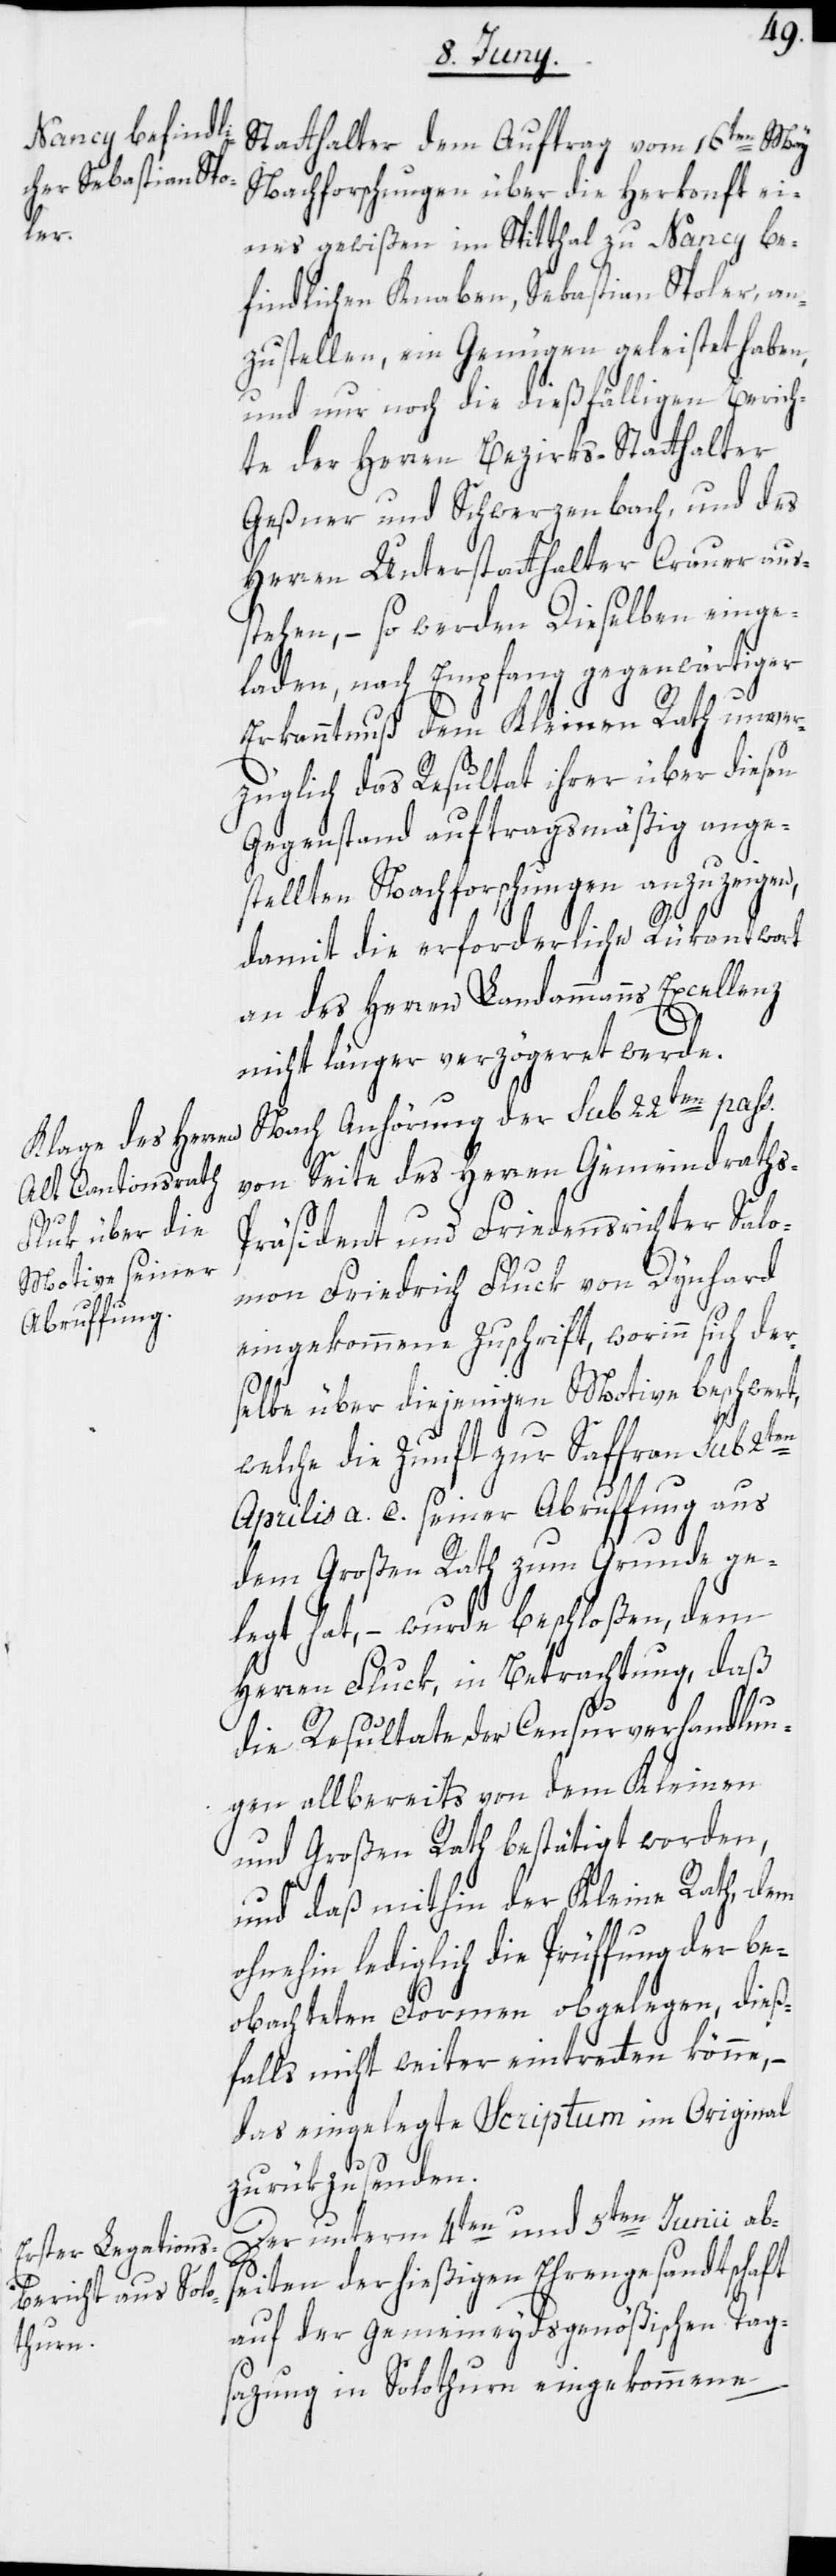
Statthalter dem Auftrag vom 16ten May
Nachforschungen über die Herkonft ei¬
nes gewißen im Spitthal zu Nancy be¬
findlichen Knaben, Sebastian Spoler, an¬
zustellen, ein Genügen geleistet haben,
und nur noch die dießfälligen Berich¬
te der Herren Bezirks-Statthalter
Geßner und Schwerzenbach, und des
Herren Unterstatthalter Crauer aus¬
stehen, – so werden Dieselben einge¬
laden, nach Empfang gegenwärtiger
Erkanntnuß dem Kleinen Rath unver¬
züglich das Resultat ihrer über diesen
Gegenstand auftragsmäßig ange¬
stellten Nachforschungen anzuzeigen,
damit die erforderliche Rükantwort
an des Herren Landammanns Excellenz
nicht länger verzögeret werde.
Nach Anhörung der sub 22ten pass.
von Seite des Herren Gemeindrath¬
s-Präsident und Friedensrichter Salo¬
mon Friedrich Fluck [sic!] von Dynhard
eingekommene Zuschrift, worinn sich der¬
selbe über diejenigen Motive beschwert,
welche die Zunft zur Saffran sub 2ten
Aprilis a. c. seiner Abruffung aus
dem Großen Rath zum Grunde ge¬
legt hat, – wurde beschloßen, dem
Herren Fluck, in Betrachtung, daß
die Resultate der Censurverhandlun¬
gen allbereits von dem Kleinen
und Großen Rath bestätigt worden,
und daß mithin der Kleine Rath, dem
ohnehin lediglich die Prüffung der be¬
obachteten Formen obgelegen, dieß¬
falls nicht weiter eintretten könne,
das eingelegte Scriptum im Original
zurükzusenden.
Der unterm 4ten und 5ten Junii abs¬
eiten der hießigen Ehrengesandtschaft
auf der Gemeineydsgenößischen Tag¬
sazung in Solothurn eingekommene